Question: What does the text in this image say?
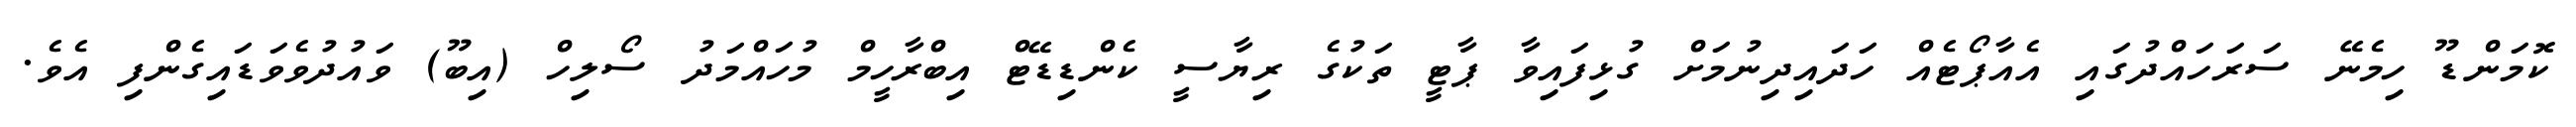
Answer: ކޮމަންޑޫ ހިމެނޭ ސަރަހައްދުގައި އެއާޕޯޓެއް ހަދައިދިނުމަށް ގުޅިފައިވާ ޕާޓީ ތަކުގެ ރިޔާސީ ކެންޑިޑޭޓް އިބްރާހީމް މުހައްމަދު ސޯލިހް (އިބޫ) ވައުދުވެވަޑައިގެންފި އެވެ.